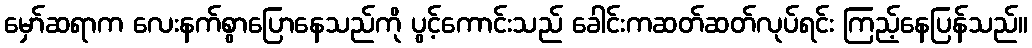
မှော်ဆရာက လေးနက်စွာပြောနေသည်ကို ပွင့်ကောင်းသည် ခေါင်းကဆတ်ဆတ်လုပ်ရင်း ကြည့်နေပြန်သည်။